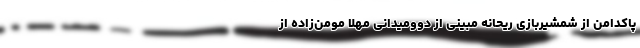
پاکدامن از شمشیربازی ریحانه مبینی از دوومیدانی مهلا مومن‌زاده از